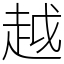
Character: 越